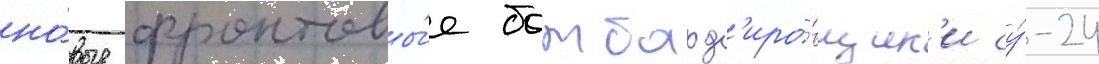
но́вые фронтовы́е бомбард'иро́вщик'и су́-24